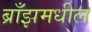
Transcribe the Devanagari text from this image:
ब्राँझमधील